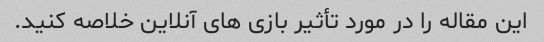
این مقاله را در مورد تأثیر بازی های آنلاین خلاصه کنید.